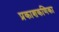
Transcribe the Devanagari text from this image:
प्रकाशकणिका